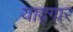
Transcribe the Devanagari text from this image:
याद्गार